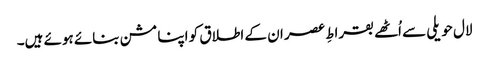
لال حویلی سے اُٹھے بقراطِ عصر ان کے اطلاق کو اپنا مشن بنائے ہوئے ہیں۔